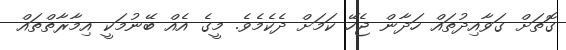
ގޮތަށް ގަވާއިދުތައް ހަދާން ޖެހޭ ކަމަށް ދެކެމެވެ. މީގެ އެއް ބޭނުމަކީ އިމާރާތްތައް